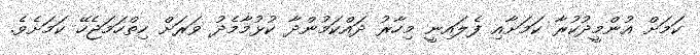
ކަމަށް އުންމީދުކުރާ ކަމަށާއި ފެލައިނީ މިހާރު ދައްކަމުންދާ ކުޅުމާމެދު ވަރަށް ހިތްހަމަޖެހޭ ކަމަށެވެ.